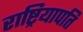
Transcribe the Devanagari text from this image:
राष्ट्रियापति